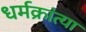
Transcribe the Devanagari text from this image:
धर्मक्रांत्या